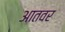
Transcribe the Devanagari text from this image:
आतवर